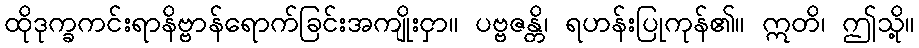
ထိုဒုက္ခကင်းရာနိဗ္ဗာန်ရောက်ခြင်းအကျိုးငှာ။ ပဗ္ဗဇန္တိ၊ ရဟန်းပြုကုန်၏။ ဣတိ၊ ဤသို့။